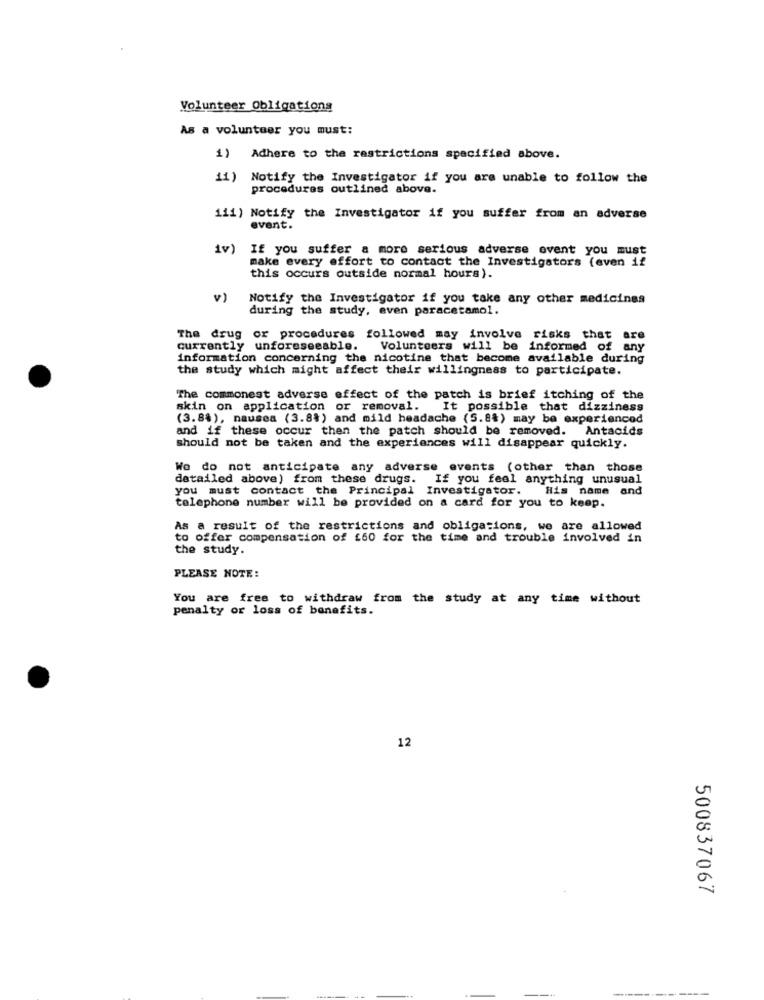
Volunteer Obligations
As a volunteer you must:
1) Adhere to the restrictions specified above.
11) Notify the Investigator if you are unable to follow the
procedures outlined above.
iii) Notify the Investigator if you suffer from an adverse
event.
iv)
If you suffer a more serious adverse event you must
make every effort to contact the Investigators (even if
this occurs outside normal hours).
v)
Notify the Investigator if you take any other medicines
during the study, even paracetamol.
The drug or procedures followed may involve risks that are
currently unforeseeable. Volunteers will be informed of any
information concerning the nicotine that become available during
the study which might affect their willingness to participate.
The commonest adverse effect of the patch is brief itching of the
skin on application or removal. It possible that dizziness
(3.8%), nausea (3.8%) and mild headache (5.84) may be experienced
and if these occur then the patch should be removed. Antacids
should not be taken and the experiences will disappear quickly.
We do not anticipate any adverse events (other than those
detailed above) from these drugs. If you feel anything unusual
you must contact the Principal Investigator.
His name and
telephone number will be provided on a card for you to keep.
As a result of the restrictions and obligations, we are allowed
to offer compensation of £60 for the time and trouble involved in
the study.
PLEASE NOTE:
You are free to withdraw from the study at any time without
penalty or loss of benefits.
12
500837067